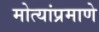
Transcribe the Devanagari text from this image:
मोत्यांप्रमाणे